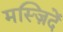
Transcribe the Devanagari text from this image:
मस्ज़िदें